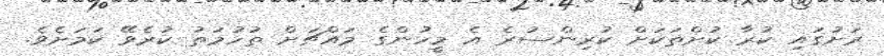
ރަށުގައި ކުރާ ކުށްތަކަށް ކުރިންސުރެ އެ މީހުންގެ މައްޗަށް ތުހުމަތު ކުރެވޭ ކަމަށެވެ.